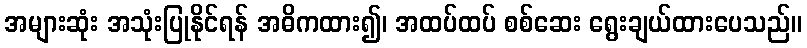
အများဆုံး အသုံးပြုနိုင်ရန် အဓိကထား၍၊ အထပ်ထပ် စစ်ဆေး ရွေးချယ်ထားပေသည်။